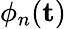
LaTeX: \phi_{n}(\textbf{t})